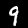
Label: 9